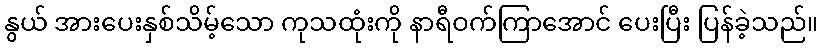
နွယ် အားပေးနှစ်သိမ့်သော ကုသထုံးကို နာရီဝက်ကြာအောင် ပေးပြီး ပြန်ခဲ့သည်။